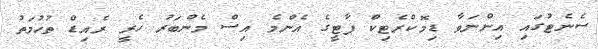
ސެނެޓުގައި އިންނަވާ ޑިމޮކްރެޓިކް ޕާޓީގެ އެންމެ އިސް މެންބަރު ހެރީ ރެއިޑް ތުހުމަތު